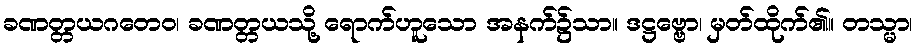
ခဏတ္တယဂတေဝ၊ ခဏတ္တယသို့ ရောက်ဟူသော အနက်၌သာ။ ဒဋ္ဌဗ္ဗော၊ မှတ်ထိုက်၏။ တသ္မာ၊